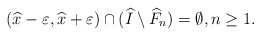
\begin{align*}(\widehat x-\varepsilon, \widehat x+\varepsilon)\cap (\widehat I\setminus \widehat{F}_n)=\emptyset,n\geq 1. \end{align*}